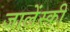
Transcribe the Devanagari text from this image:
जालेंस्की